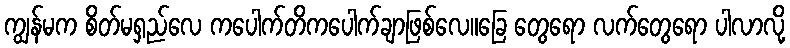
ကျွန်မက စိတ်မရှည်လေ ကပေါက်တိကပေါက်ချာဖြစ်လေ။ခြေ တွေရော လက်တွေရော ပါလာလို့